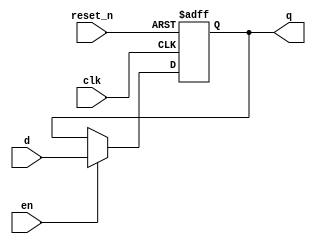
module DFF_en(en,clk,reset_n, d, q);
input clk,reset_n,en;
parameter N=16;
input [N-1:0] d;
output reg [N-1:0] q;
always @(posedge clk,negedge reset_n)
begin
if (!reset_n)
q <= {N{1'b0}};
else
  if(en)
     q <= d;
  else
     q <= q;
end
endmodule